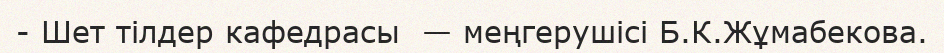
- Шет тілдер кафедрасы  — меңгерушісі Б.К.Жұмабекова.